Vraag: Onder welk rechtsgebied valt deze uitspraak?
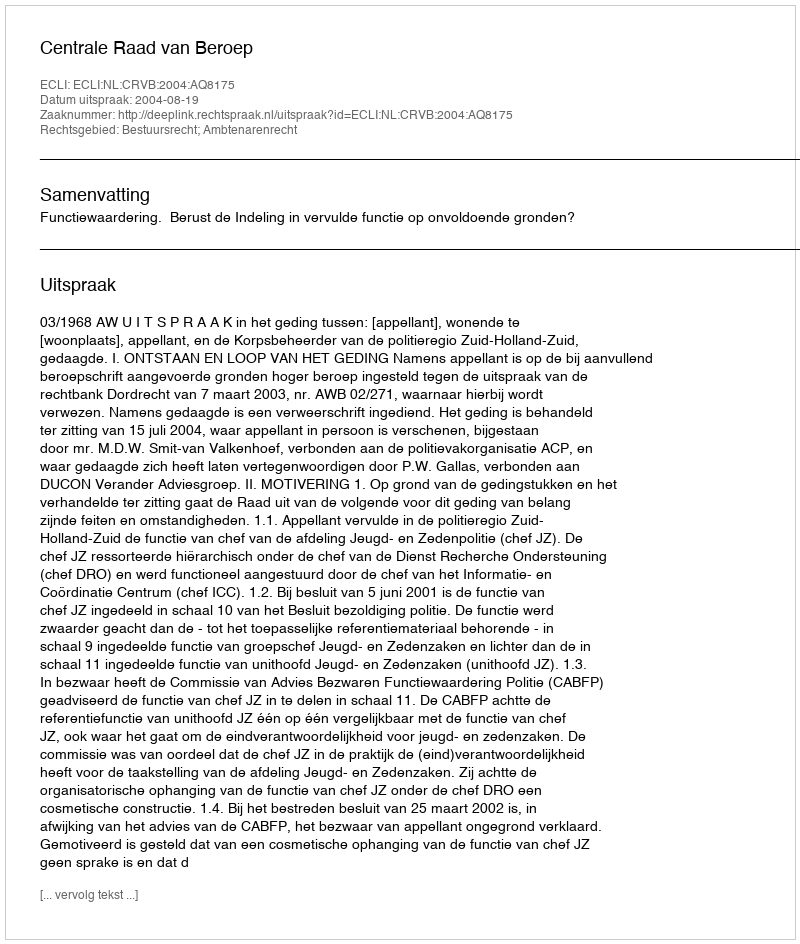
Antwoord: Bestuursrecht; Ambtenarenrecht